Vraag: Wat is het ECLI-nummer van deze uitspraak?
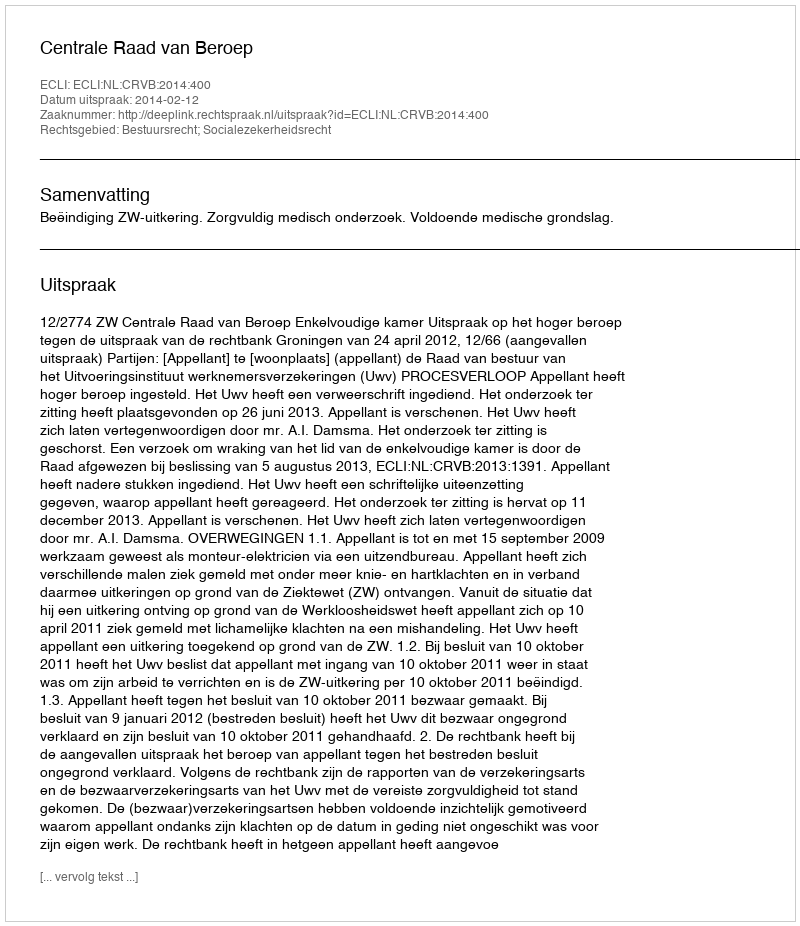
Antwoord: ECLI:NL:CRVB:2014:400